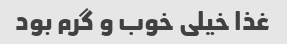
غذا خیلی خوب و گرم بود